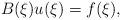
LaTeX: \begin{align*}B(\xi) u(\xi) = f(\xi), \end{align*}